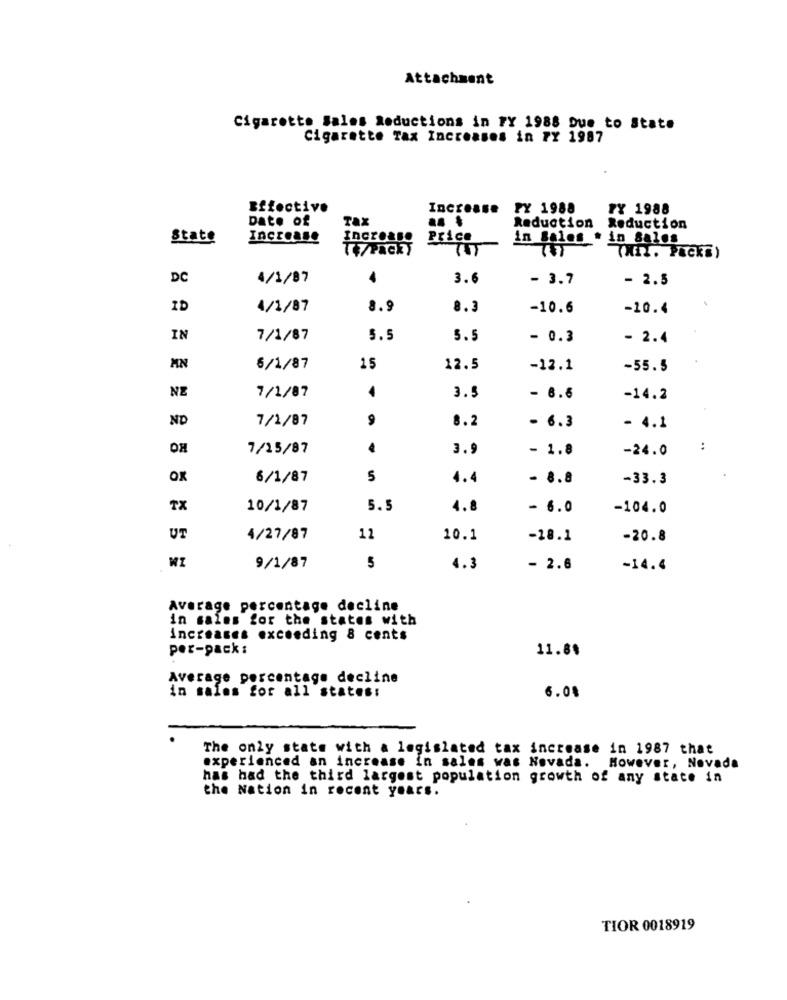
Attachment
Cigarette Sales Reductions in FY 1988 Due to State
Cigarette Tax Increases in PY 1987
Effective
Increase
PY 1988
PY 1988
Date of
TAX
Reduction Reduction
State
Increase
Price
in Sales . in Sales
T/PaCky
TET
(HEL. PACKS)
DC
4/1/87
3.6
- 3.7
- 2.5
ID
4/1/87
8.9
8.3
-10.6
-10.4
IN
7/1/87
5.5
5.5
- 0.3
- 2.4
MN
6/1/87
15
12.5
-12.1
-55.5
NE
7/1/87
4
3.5
- 6.6
-14.2
ND
7/1/87
9
8.2
- 6.3
- 4.1
OH
7/15/87
3.9
- 1.8
-24.0
Ox
6/1/87
5
4.4
- 8.8
-33.3
TX
10/1/87
5.5
4.8
- 6.0
-104.0
UT
4/27/87
12
10.1
-18.1
-20.8
9/1/87
5
4.3
- 2.6
-14.4
Average percentage decline
in sales for the states with
increases exceeding 8 cents
per-pack :
11.8%
Average percentage decline
in sales for all states:
6.08
The only stats with a legislated tax increase in 1987 that
experienced an increase in sales was Nevada. However, Nevada
has had the third largest population growth of any state in
the Nation in recent years.
TIOR 0018919